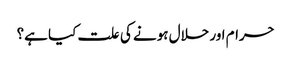
حرام اور حلال ہونے کی علت کیا ہے؟